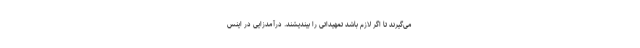
می‌گیرند تا اگر لازم باشد تمهیداتی را بیندیشند. درآمدزایی در اینس